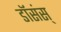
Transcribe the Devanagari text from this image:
डॉसंस्